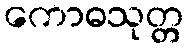
ကောဓသုတ္တ